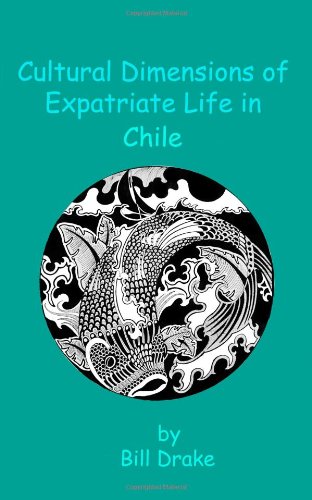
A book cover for Cultural Dimensions of Expatriate Life in Chile; Bill Drake; Travel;